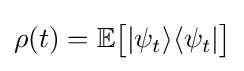
\rho (t)=\mathbb {E} {\big [}|\psi _{t}\rangle \langle \psi _{t}|{\big ]}